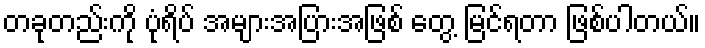
တခုတည်းကို ပုံရိပ် အများအပြားအဖြစ် တွေ့ မြင်ရတာ ဖြစ်ပါတယ်။